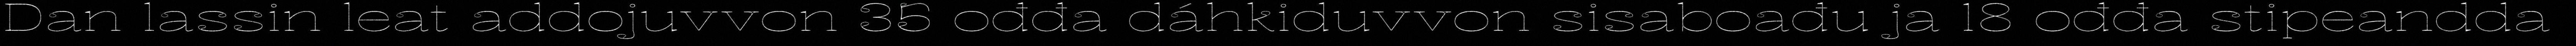
Dan lassin leat addojuvvon 35 ođđa dáhkiduvvon sisaboađu ja 18 ođđa stipeandda